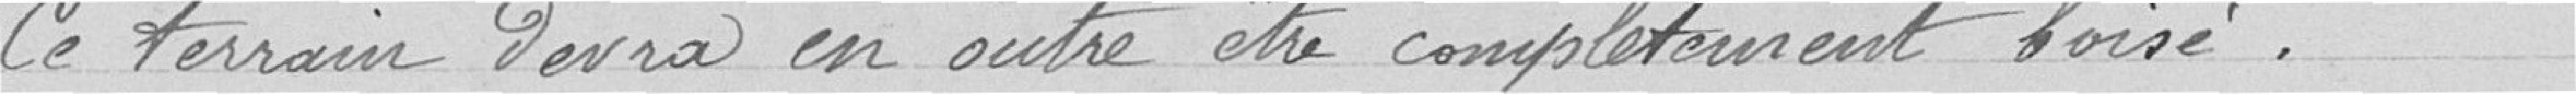
Ce terrain devra en outre être complètement boisé.